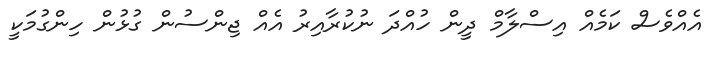
އެއްވެސް ކަމެއް އިސްލާމް ދީން ހުއްދަ ނުކުރާއިރު އެއް ޖިންސުން ގުޅުން ހިންގުމަކީ